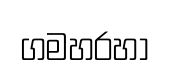
ගමහරහා